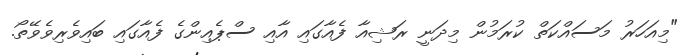
"މިއަހަރު މަސައްކަތް ކުރަމުން މިދަނީ ރަޝިއާ ފެއާގައި އާއި ސްޕެއިންގެ ފެއާގައި ބައިވެރިވެވޭތޯ.